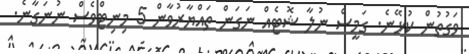
ވަގުތުން ކުޅޭނެ. ގަމީސް ނުލާ ޝޮޓެއް ނަގަން ތައްޔާރުވާން 5 މިނިޓްވެސް ނުނަގާނެ.